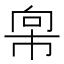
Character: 𫷇